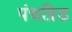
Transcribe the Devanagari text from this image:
पंचग्रिड